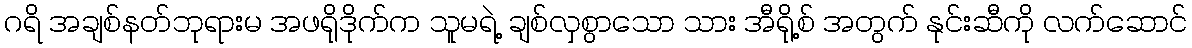
ဂရိ အချစ်နတ်ဘုရားမ အဖရိုဒိုက်က သူမရဲ့ ချစ်လှစွာသော သား အီရို့စ် အတွက် နုင်းဆီကို လက်ဆောင်